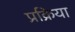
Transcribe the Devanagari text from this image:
प्रक्रिया